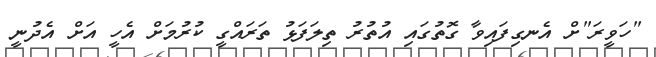
"ހަވީރަ"ށް އެނގިފައިވާ ގޮތުގައި އުތުރު ތިލަފަޅު ތަރައްގީ ކުރުމަށް އެހީ އަށް އެދުނީ